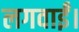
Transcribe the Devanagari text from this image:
लगवाईं।